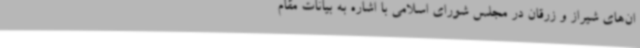
ان‌های شیراز و زرقان در مجلس شورای اسلامی با اشاره به بیانات مقام